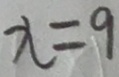
x = 9